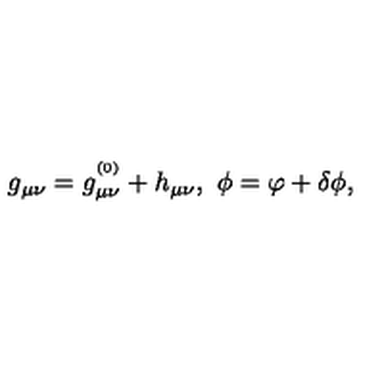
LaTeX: g _ { \mu \nu } = g _ { \mu \nu } ^ { ^ \mathrm { ( 0 ) } } + h _ { \mu \nu } , \ \phi = \varphi + \delta \phi ,